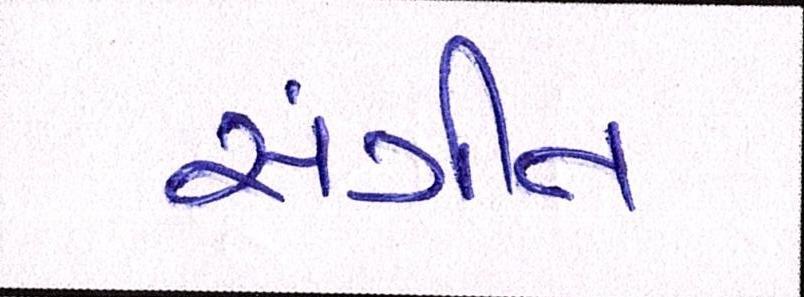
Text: સંગીત